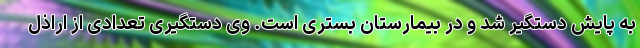
به پایش دستگیر شد و در بیمارستان بستری است. وی دستگیری تعدادی از اراذل